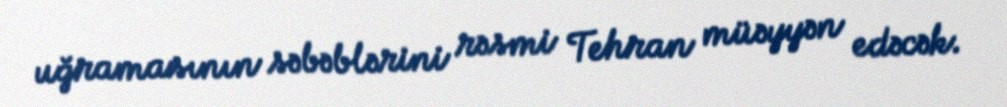
uğramasının səbəblərini rəsmi Tehran müəyyən edəcək.